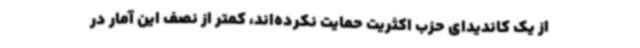
از یک کاندیدای حزب اکثریت حمایت نکرده‌اند، کمتر از نصف این آمار در